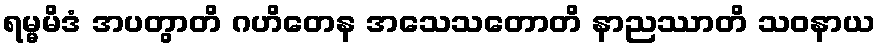
ရမ္မမိဒံ အပတွာတိ ဂဟိတေန အသေသတောတိ နာညဿာတိ သဝနာယ